Subject: stat
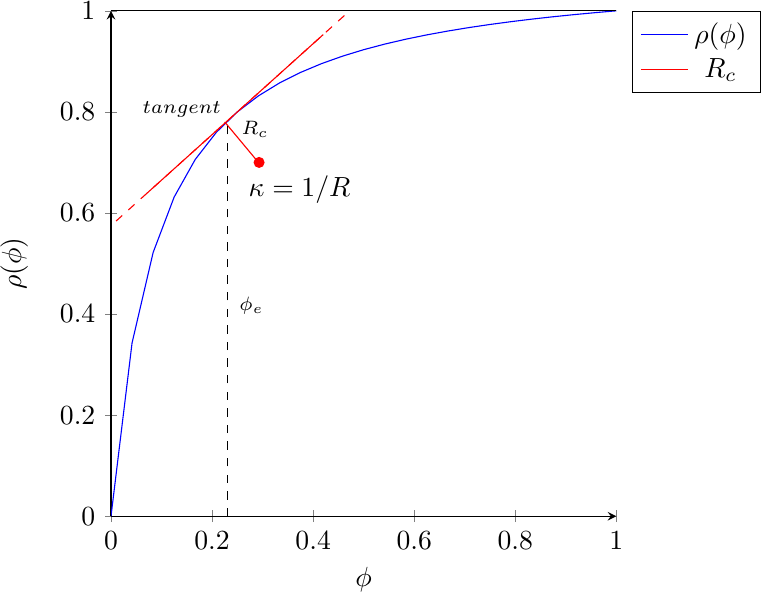
LaTeX code:
\begin{tikzpicture}
	\begin{axis}[
    axis lines = left,
    xlabel = $\phi$,
	ylabel = {$\rho(\phi)$},
     ymin=0, ymax=1,
    legend pos = outer north east,
     ymajorgrids=false,
    grid style=dashed,
    width=8cm,
    height=8cm,
     ]
	\addplot [
	domain= 0:1,
	color= blue,
	]
	{(0.60*x)/((0.60*x+(1-0.95)*(1-x))};

\addplot [
domain=0.070:0.42, samples=100, color=red] {(0.9*x+0.575)};

\addplot [dashed,
domain=0.01:0.62, samples=100, color=red] {(0.9*x+0.575)};

\addplot [
domain=0.225:0.295, samples=100, color=red] {(-1.20*x+1.05005)};

\addplot+ [
domain= 0:1,
color = black,
mark size = 0pt
 ]
	{1};
	\fill [red] (293,70) circle[radius=2pt];

	\node[above,black] at (373,60) {$\kappa=1/R$};
	\node[above,black] at (140,77) {\scriptsize{$tangent$}};
	\node[above,black] at (285,73) {\scriptsize{$R_c$}};
	\node[above,black] at (278,38) {\scriptsize{$\phi_e$}};
	\addlegendentry{$\rho(\phi)$}
	\addlegendentry{$R_c$}
	\end{axis}
\draw [dashed] (1.48,0) -- (1.48,5.0);
\end{tikzpicture}